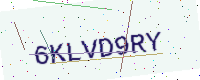
Text: 6KLVD9RY